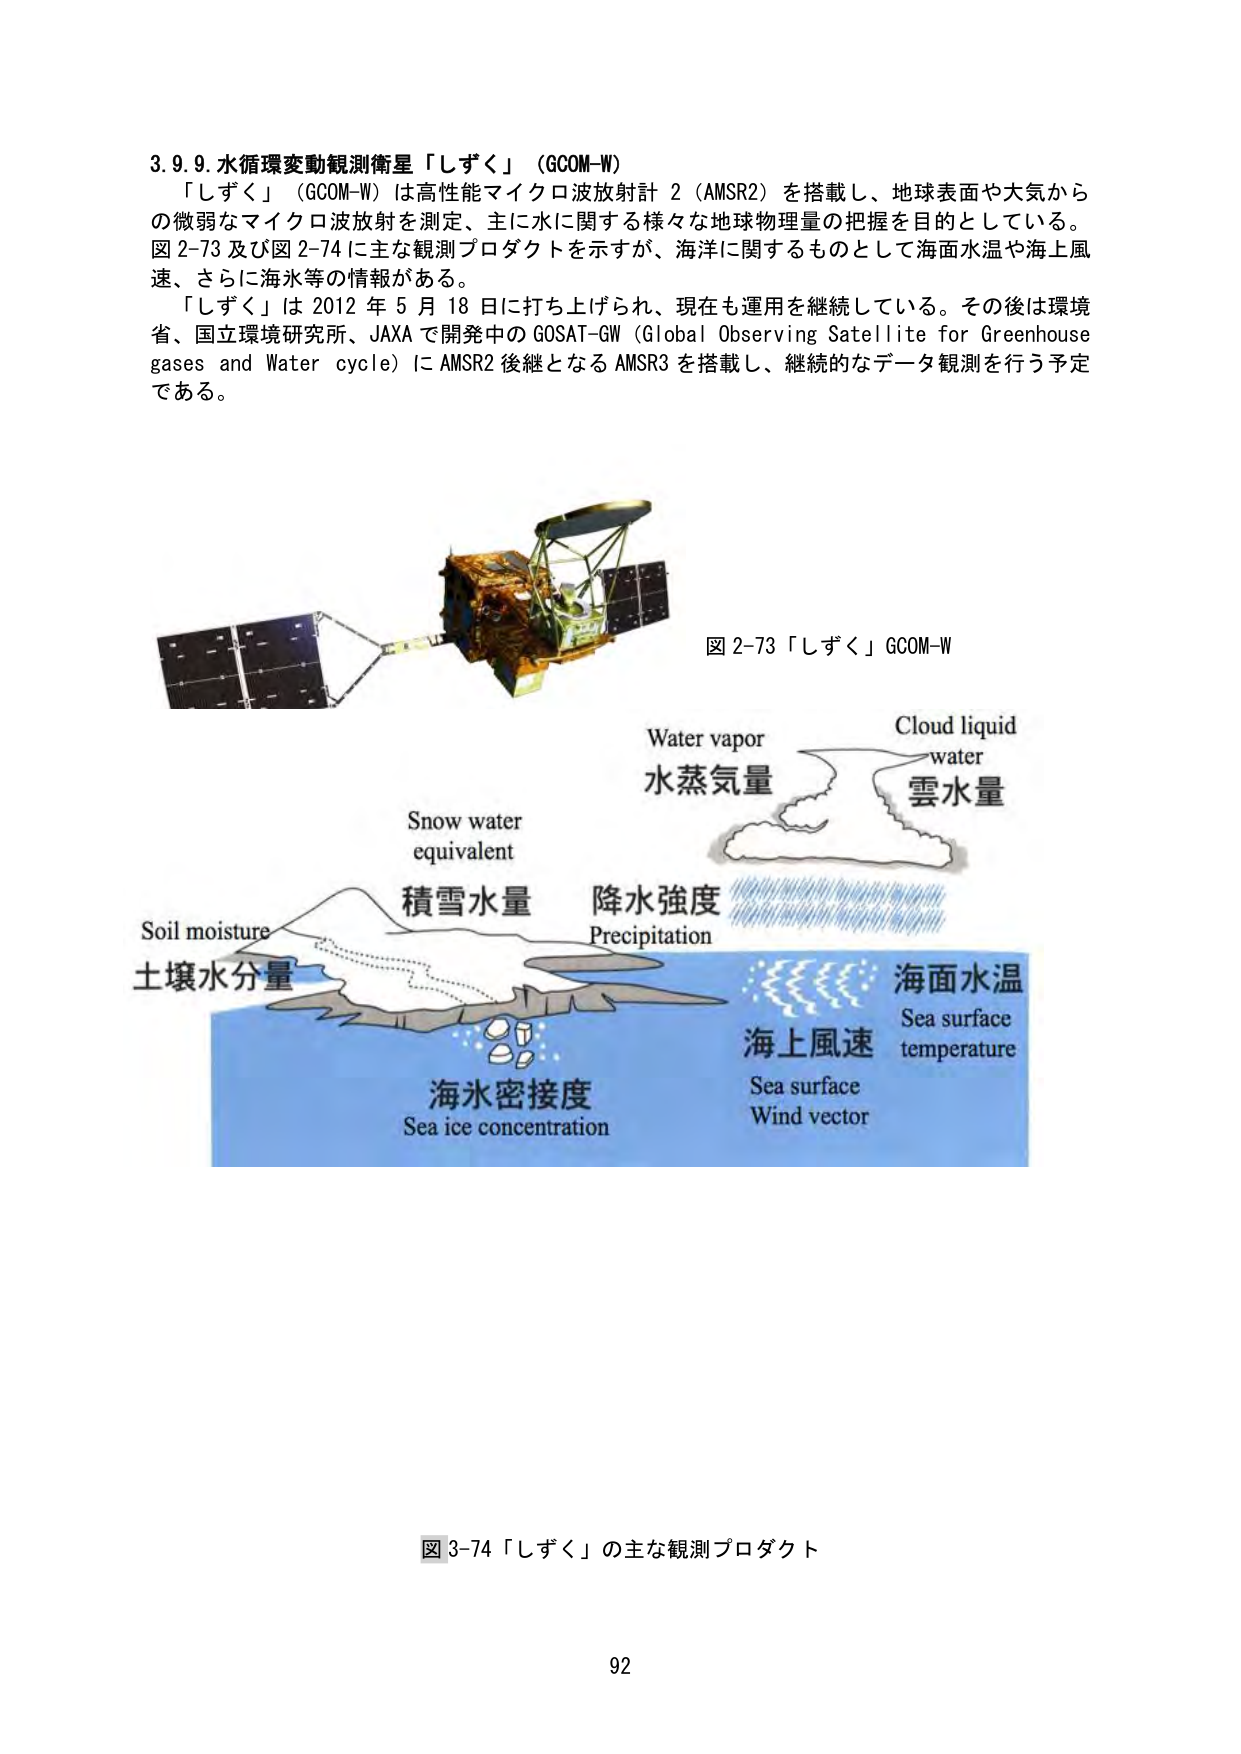
3.9.9. 水循環変動観測衛星「しずく」（GCOM-W）
「しずく」（GCOM-W）は高性能マイクロ波放射計 2（AMSR2）を搭載し、地球表面や大気からの微弱なマイクロ波放射を測定、主に水に関する様々な地球物理量の把握を目的としている。図 2-73 及び図 2-74 に主な観測プロダクトを示すが、海洋に関するものとして海面水温や海上風速、さらに海氷等の情報がある。
「しずく」は 2012 年 5 月 18 日に打ち上げられ、現在も運用を継続している。その後は環境省、国立環境研究所、JAXA で開発中の GOSAT-GW（Global Observing Satellite for Greenhouse gases and Water cycle）に AMSR2 後継となる AMSR3 を搭載し、継続的なデータ観測を行う予定である。

図 2-73 「しずく」GCOM-W

Water vapor
水蒸気量
Cloud liquid water
雲水量
Snow water equivalent
積雪水量
Precipitation
降水強度
Soil moisture
土壌水分量
Sea surface temperature
海面水温
Sea surface Wind vector
海上風速
Sea ice concentration
海氷密接度

図 3-74 「しずく」の主な観測プロダクト

92